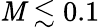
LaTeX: \mathit{M}\lesssim0.1